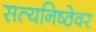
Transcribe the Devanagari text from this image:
सत्यनिष्ठेवर